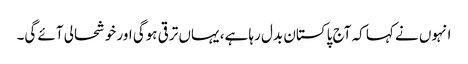
انہوں نے کہا کہ آج پاکستان بدل رہا ہے، یہاں ترقی ہوگی اور خوشحالی آئے گی۔